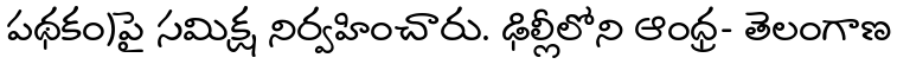
పథకం)పై సమిక్ష నిర్వహించారు. ఢిల్లీలోని ఆంధ్ర- తెలంగాణ